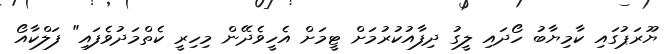
ޔޫރަޕުގައި ކާމިޔާބު ހޯދައި ލީގު ދިފާއުކުރުމަށް ޓީމަށް އެހީވެދޭން މިހިރީ ކެތްމަދުވެފައި" ފަލްކާއޯ